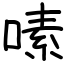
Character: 嗉